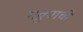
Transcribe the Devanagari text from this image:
गठ्ठ्याची